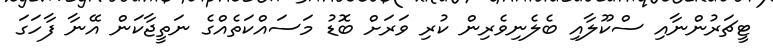
ޓީޗަރުންނާއި ސްކޫލާއި ބެލެނިވެރިން ކުރި ވަރަށް ބޮޑު މަސައްކަތެއްގެ ނަތީޖާކަން އޭނާ ފާހަގަ